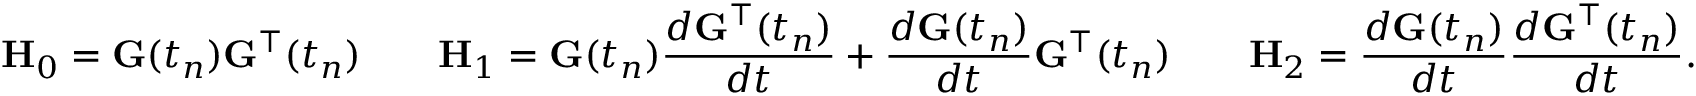
\mathbf { H } _ { 0 } = \mathbf { G } ( t _ { n } ) \mathbf { G } ^ { \intercal } ( t _ { n } ) \qquad \mathbf { H } _ { 1 } = \mathbf { G } ( t _ { n } ) { \frac { d \mathbf { G } ^ { \intercal } ( t _ { n } ) } { d t } } + { \frac { d \mathbf { G } ( t _ { n } ) } { d t } } \mathbf { G } ^ { \intercal } ( t _ { n } ) \qquad \mathbf { H } _ { 2 } = { \frac { d \mathbf { G } ( t _ { n } ) } { d t } } { \frac { d \mathbf { G } ^ { \intercal } ( t _ { n } ) } { d t } } { \mathrm { . } }